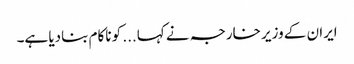
ایران کے وزیر خارجہ نے کہا... کو ناکام بنادیا ہے۔